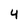
Character: 4